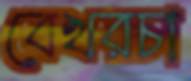
বেখরচা